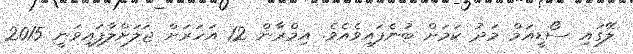
ލޭގައި ސޯޑީއަމް މަދު ކަމަށް ބުނެފައިވެއެވެ. އިމްރާން 12 އަހަރަށް ޖަލަށްލާފައިވަނީ 2015